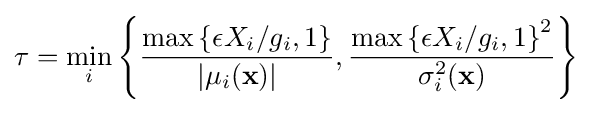
\tau =\min _{i}{\left\{{\frac {\max {\{\epsilon X_{i}/g_{i},1\}}}{|\mu _{i}(\mathbf {x} )|}},{\frac {\max {\{\epsilon X_{i}/g_{i},1\}}^{2}}{\sigma _{i}^{2}(\mathbf {x} )}}\right\}}